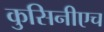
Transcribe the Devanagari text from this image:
कुसिनीएच